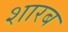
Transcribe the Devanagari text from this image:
शारब